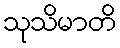
သုသိမာတိ